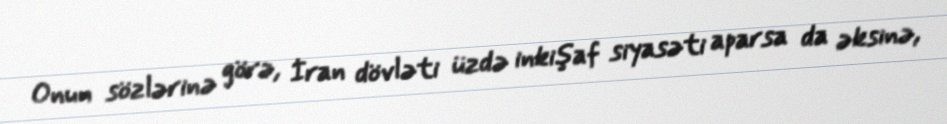
Onun sözlərinə görə, İran dövləti üzdə inkişaf siyasəti aparsa da əksinə,